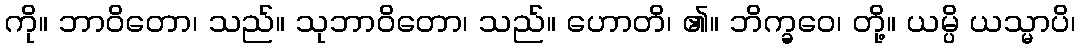
ကို။ ဘာဝိတော၊ သည်။ သုဘာဝိတော၊ သည်။ ဟောတိ၊ ၏။ ဘိက္ခဝေ၊ တို့။ ယမ္ပိ ယသ္မာပိ၊